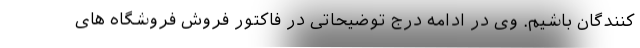
کنندگان باشیم. وی در ادامه درج توضیحاتی در فاکتور فروش فروشگاه های